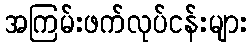
အကြမ်းဖက်လုပ်ငန်းများ